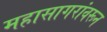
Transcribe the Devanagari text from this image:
महासागरांवरून